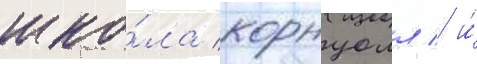
шко́ла корнуолл / и́